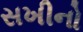
સખીનો